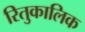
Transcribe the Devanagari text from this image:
रितुकालिक